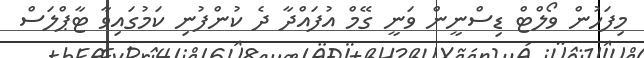
މިފަހުން ވޯލްޓް ޑިސްނީން ވަނީ ގޭމް އުފައްދާ ދެ ކުންފުނި ކަމުގައިވާ ޓާޕްލަސް